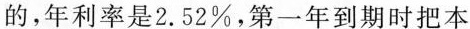
的，年利率是2.52%，第一年到期时把本